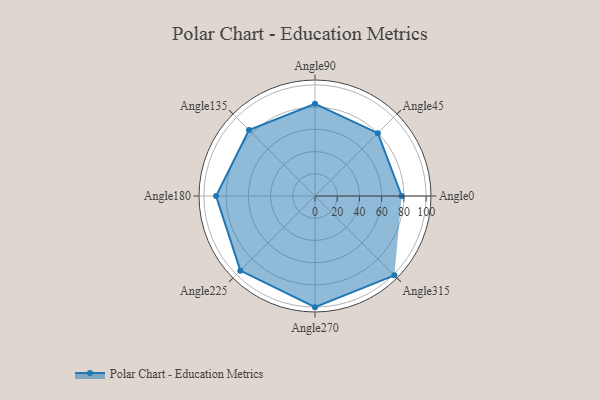
{"axis": {"x": "Angle", "y": "Radius"}, "legend": [""], "data": [{"x": "Angle0", "y": 78.0, "type": ""}, {"x": "Angle45", "y": 80.0, "type": ""}, {"x": "Angle90", "y": 83.0, "type": ""}, {"x": "Angle135", "y": 84.0, "type": ""}, {"x": "Angle180", "y": 89.0, "type": ""}, {"x": "Angle225", "y": 95.0, "type": ""}, {"x": "Angle270", "y": 100.0, "type": ""}, {"x": "Angle315", "y": 101.0, "type": ""}]}